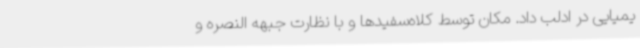
یمیایی در ادلب داد. مکان توسط کلاه‌سفیدها و با نظارت جبهه النصره و